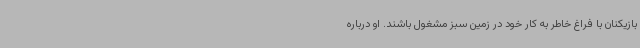
بازیکنان با فراغ خاطر به کار خود در زمین سبز مشغول باشند. او درباره